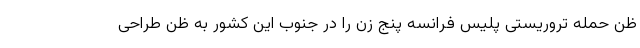
ظن حمله تروریستی پلیس فرانسه پنج زن را در جنوب این کشور به ظن طراحی